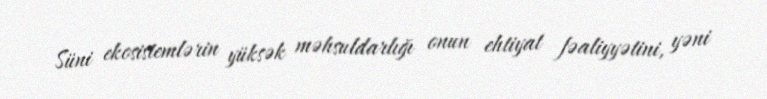
Süni ekosistemlərin yüksək məhsuldarlığı onun ehtiyat fəaliyyətini, yəni